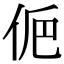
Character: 𠈊